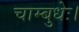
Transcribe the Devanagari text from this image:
चाम्बुधेः।